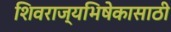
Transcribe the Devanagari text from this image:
शिवराज्यभिषेकासाठी